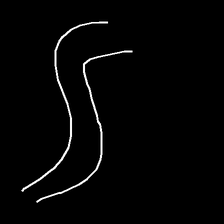
Glyph: float